38_143685_box_Incident_Summaries_101-172
Agency: Department of War
Page 58
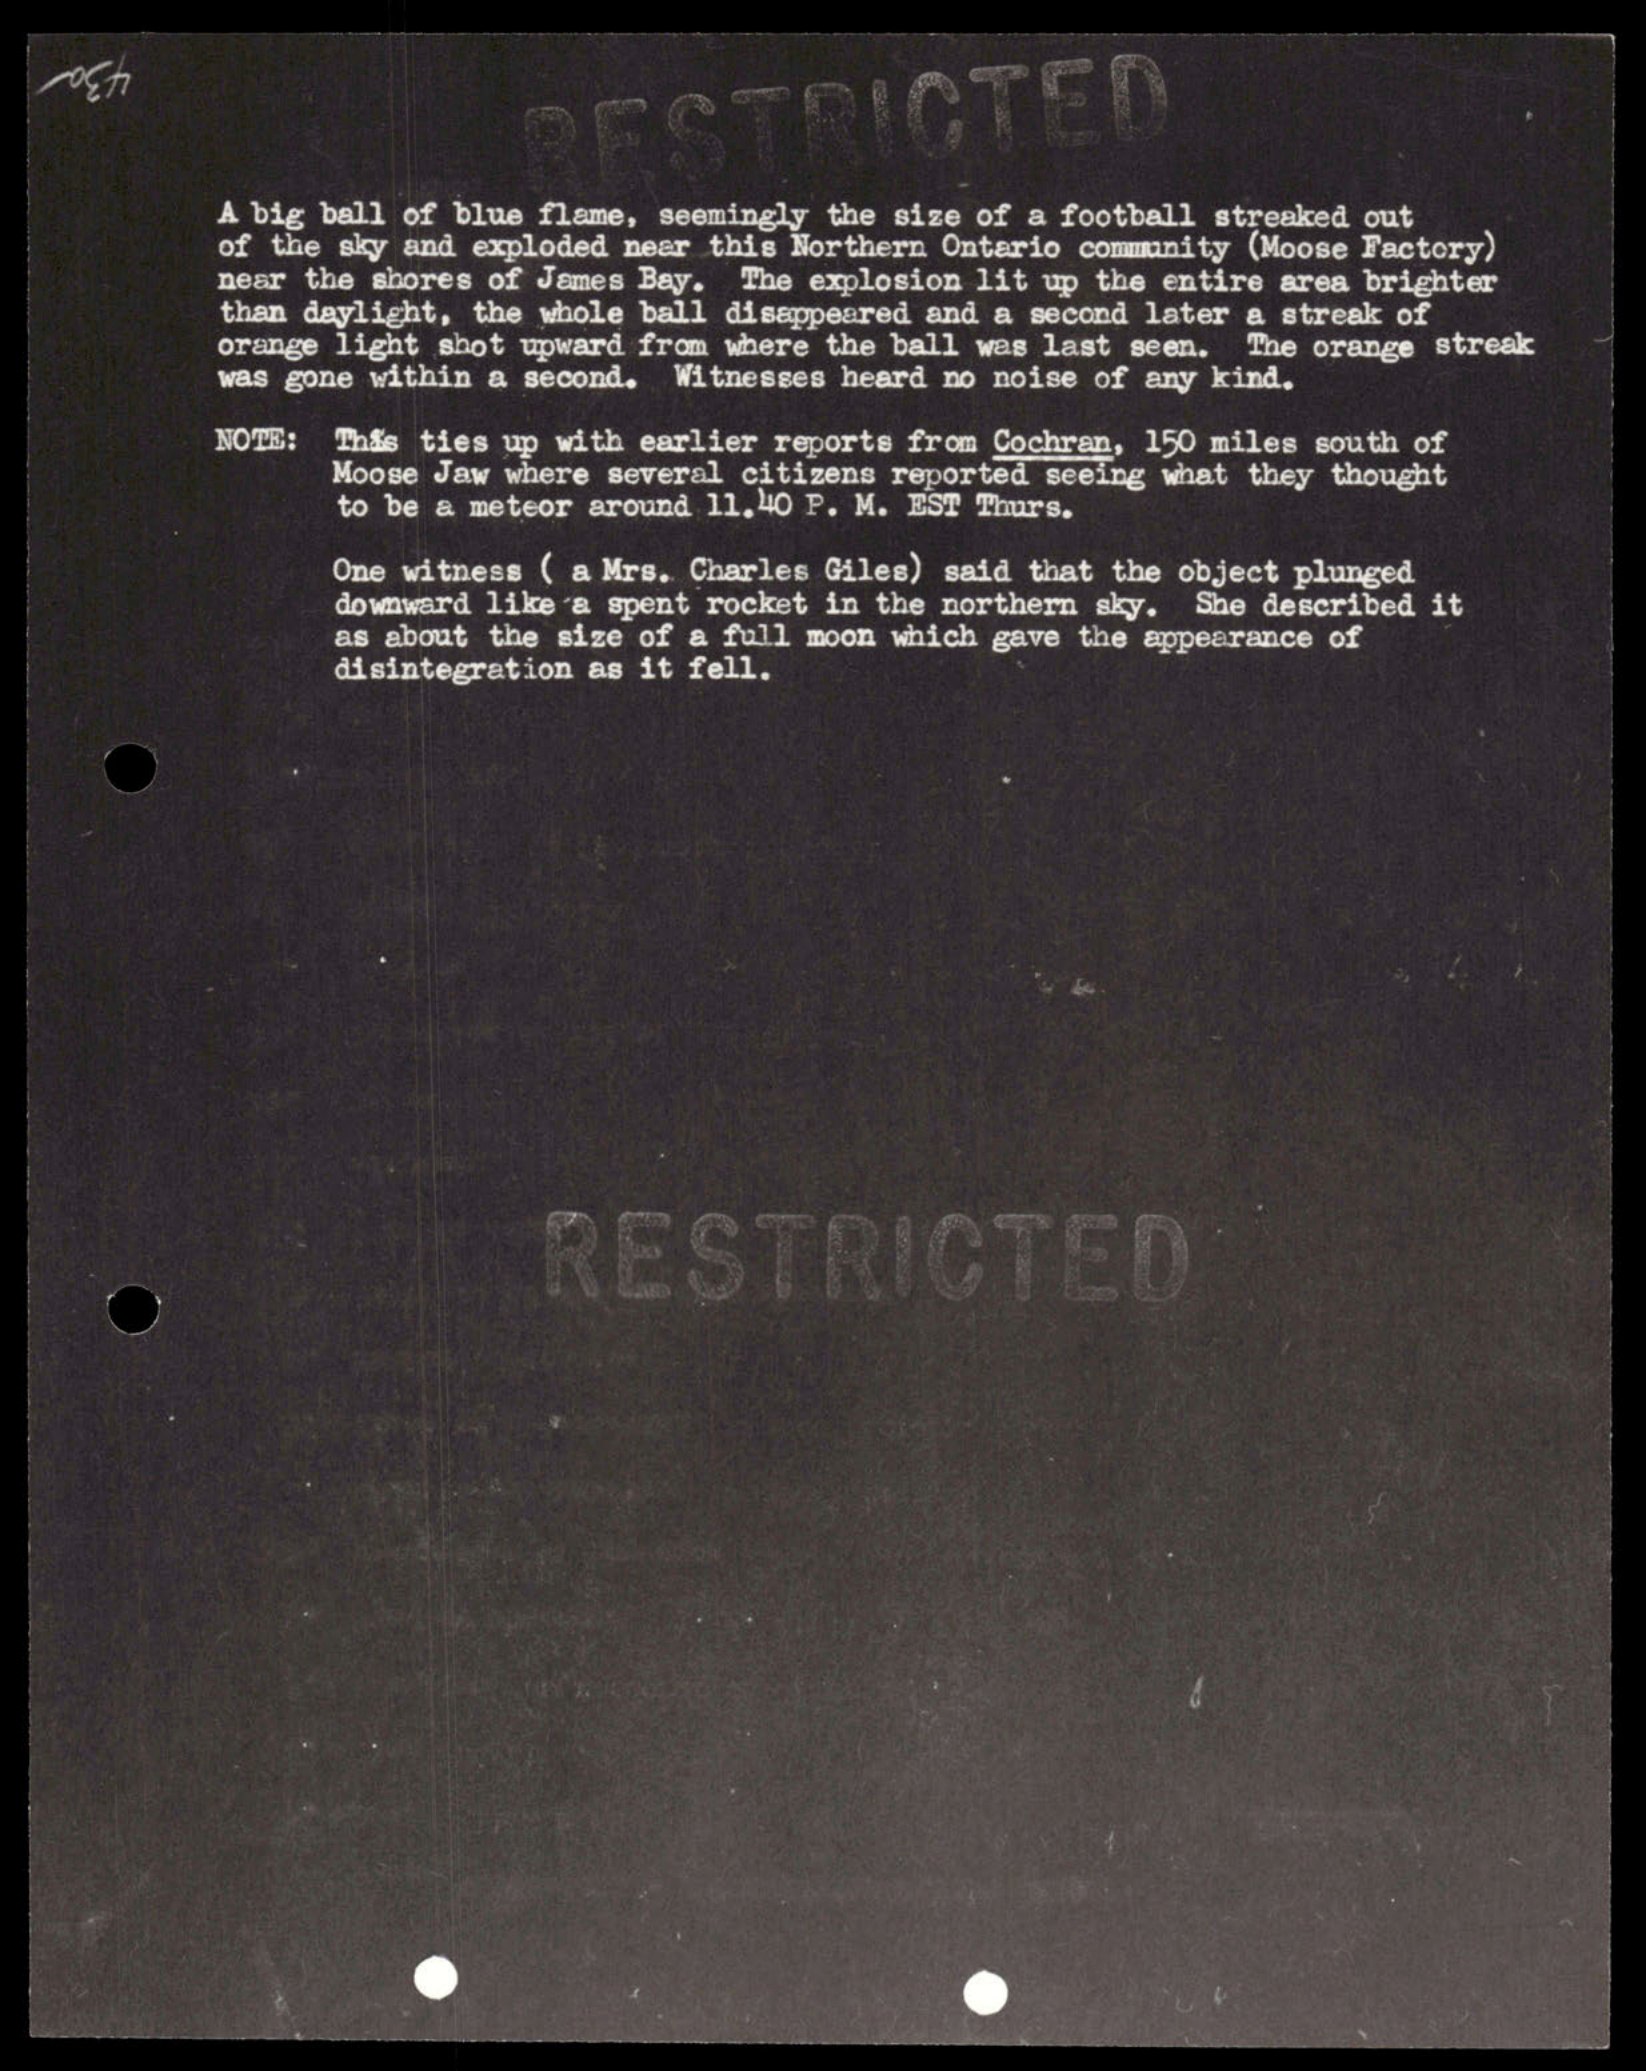